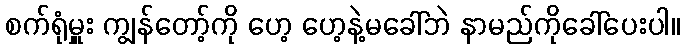
စက်ရုံမှူး ကျွန်တော့်ကို ဟေ့ ဟေ့နဲ့မခေါ်ဘဲ နာမည်ကိုခေါ်ပေးပါ။